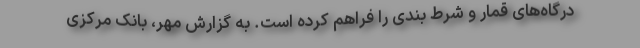
درگاه‌های قمار و شرط بندی را فراهم کرده است. به گزارش مهر، بانک مرکزی